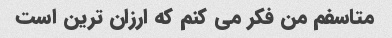
متاسفم من فکر می کنم که ارزان ترین است